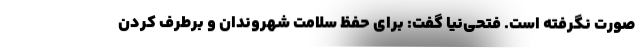
صورت نگرفته است. فتحی‌نیا گفت: برای حفظ سلامت شهروندان و برطرف کردن